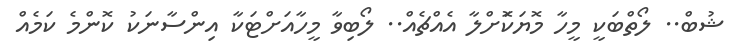
ޝުބް.. ލޯތްބަކީ މީހާ މޮޔަކަޮށްލާ އެއްޗެއް.. ލޯބިވާ މީހާއަށްޓަކާ އިންސާނަކު ކޮންމެ ކަމެއް